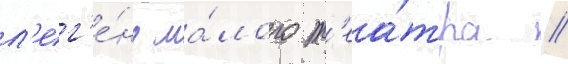
л'ег'е́нд ма́лого т'еа́тра //